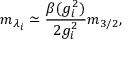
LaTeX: m _ { \lambda _ { i } } \simeq { \frac { \beta ( g _ { i } ^ { 2 } ) } { 2 g _ { i } ^ { 2 } } } m _ { 3 / 2 } ,